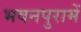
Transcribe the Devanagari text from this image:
भवनपुरामें